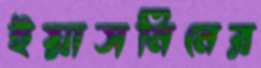
ইয়াসমিনের